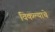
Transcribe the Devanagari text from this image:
विकल्याचे